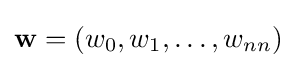
\mathbf {w} =(w_{0},w_{1},\dots ,w_{nn})